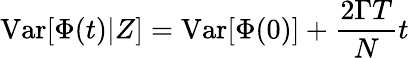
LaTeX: \mathrm{{Var}}[\Phi(t)|Z]=\mathrm{{Var}}[\Phi(0)]+\frac{2\Gamma T}{N}t